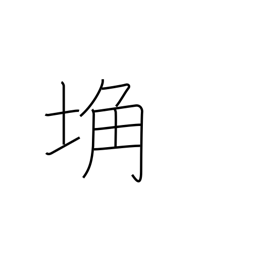
Meaning: barren land